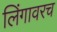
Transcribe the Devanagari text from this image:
लिंगावरच